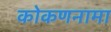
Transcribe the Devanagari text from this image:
कोकणनामा